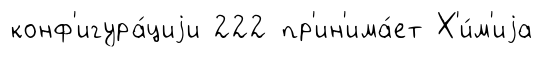
конф'игура́циjи 222 пр'ин'има́ет Х'и́м'иjа